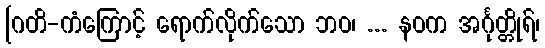
[ဂတိ-ကံကြောင့် ရောက်လိုက်သော ဘဝ၊ ... နဝက အင်္ဂုတ္တိုရ်၊